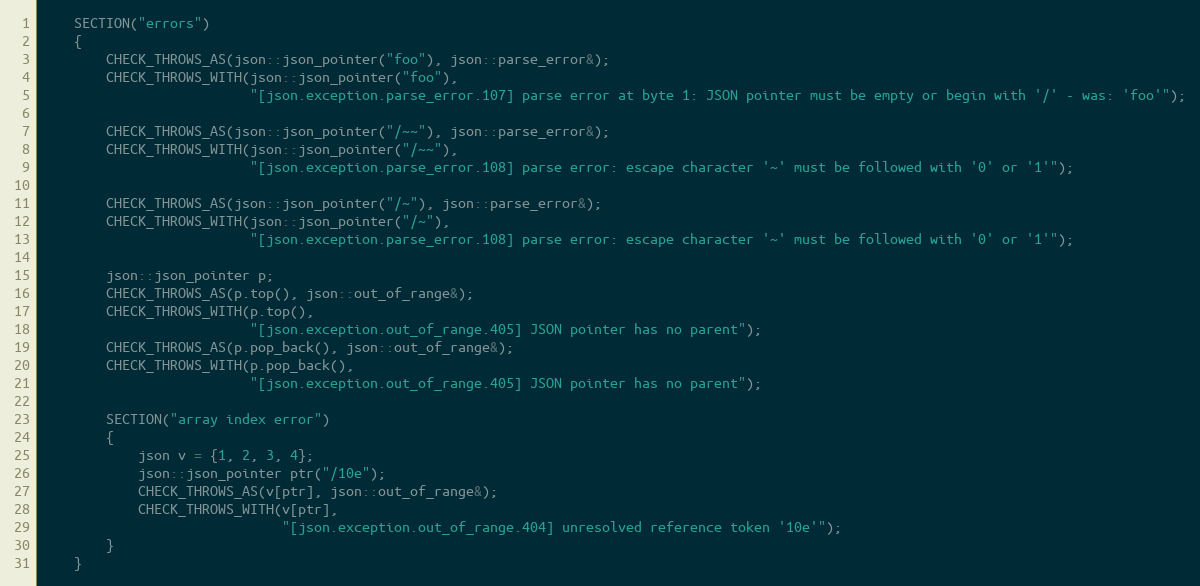
Language: C++
    SECTION("errors")
    {
        CHECK_THROWS_AS(json::json_pointer("foo"), json::parse_error&);
        CHECK_THROWS_WITH(json::json_pointer("foo"),
                          "[json.exception.parse_error.107] parse error at byte 1: JSON pointer must be empty or begin with '/' - was: 'foo'");

        CHECK_THROWS_AS(json::json_pointer("/~~"), json::parse_error&);
        CHECK_THROWS_WITH(json::json_pointer("/~~"),
                          "[json.exception.parse_error.108] parse error: escape character '~' must be followed with '0' or '1'");

        CHECK_THROWS_AS(json::json_pointer("/~"), json::parse_error&);
        CHECK_THROWS_WITH(json::json_pointer("/~"),
                          "[json.exception.parse_error.108] parse error: escape character '~' must be followed with '0' or '1'");

        json::json_pointer p;
        CHECK_THROWS_AS(p.top(), json::out_of_range&);
        CHECK_THROWS_WITH(p.top(),
                          "[json.exception.out_of_range.405] JSON pointer has no parent");
        CHECK_THROWS_AS(p.pop_back(), json::out_of_range&);
        CHECK_THROWS_WITH(p.pop_back(),
                          "[json.exception.out_of_range.405] JSON pointer has no parent");

        SECTION("array index error")
        {
            json v = {1, 2, 3, 4};
            json::json_pointer ptr("/10e");
            CHECK_THROWS_AS(v[ptr], json::out_of_range&);
            CHECK_THROWS_WITH(v[ptr],
                              "[json.exception.out_of_range.404] unresolved reference token '10e'");
        }
    }